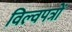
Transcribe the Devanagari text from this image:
विल्वपत्रों